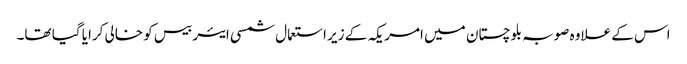
اس کے علاوہ صوبہ بلوچستان میں امریکہ کے زیر استعمال شمسی ایئر بیس کو خالی کرایا گیا تھا۔